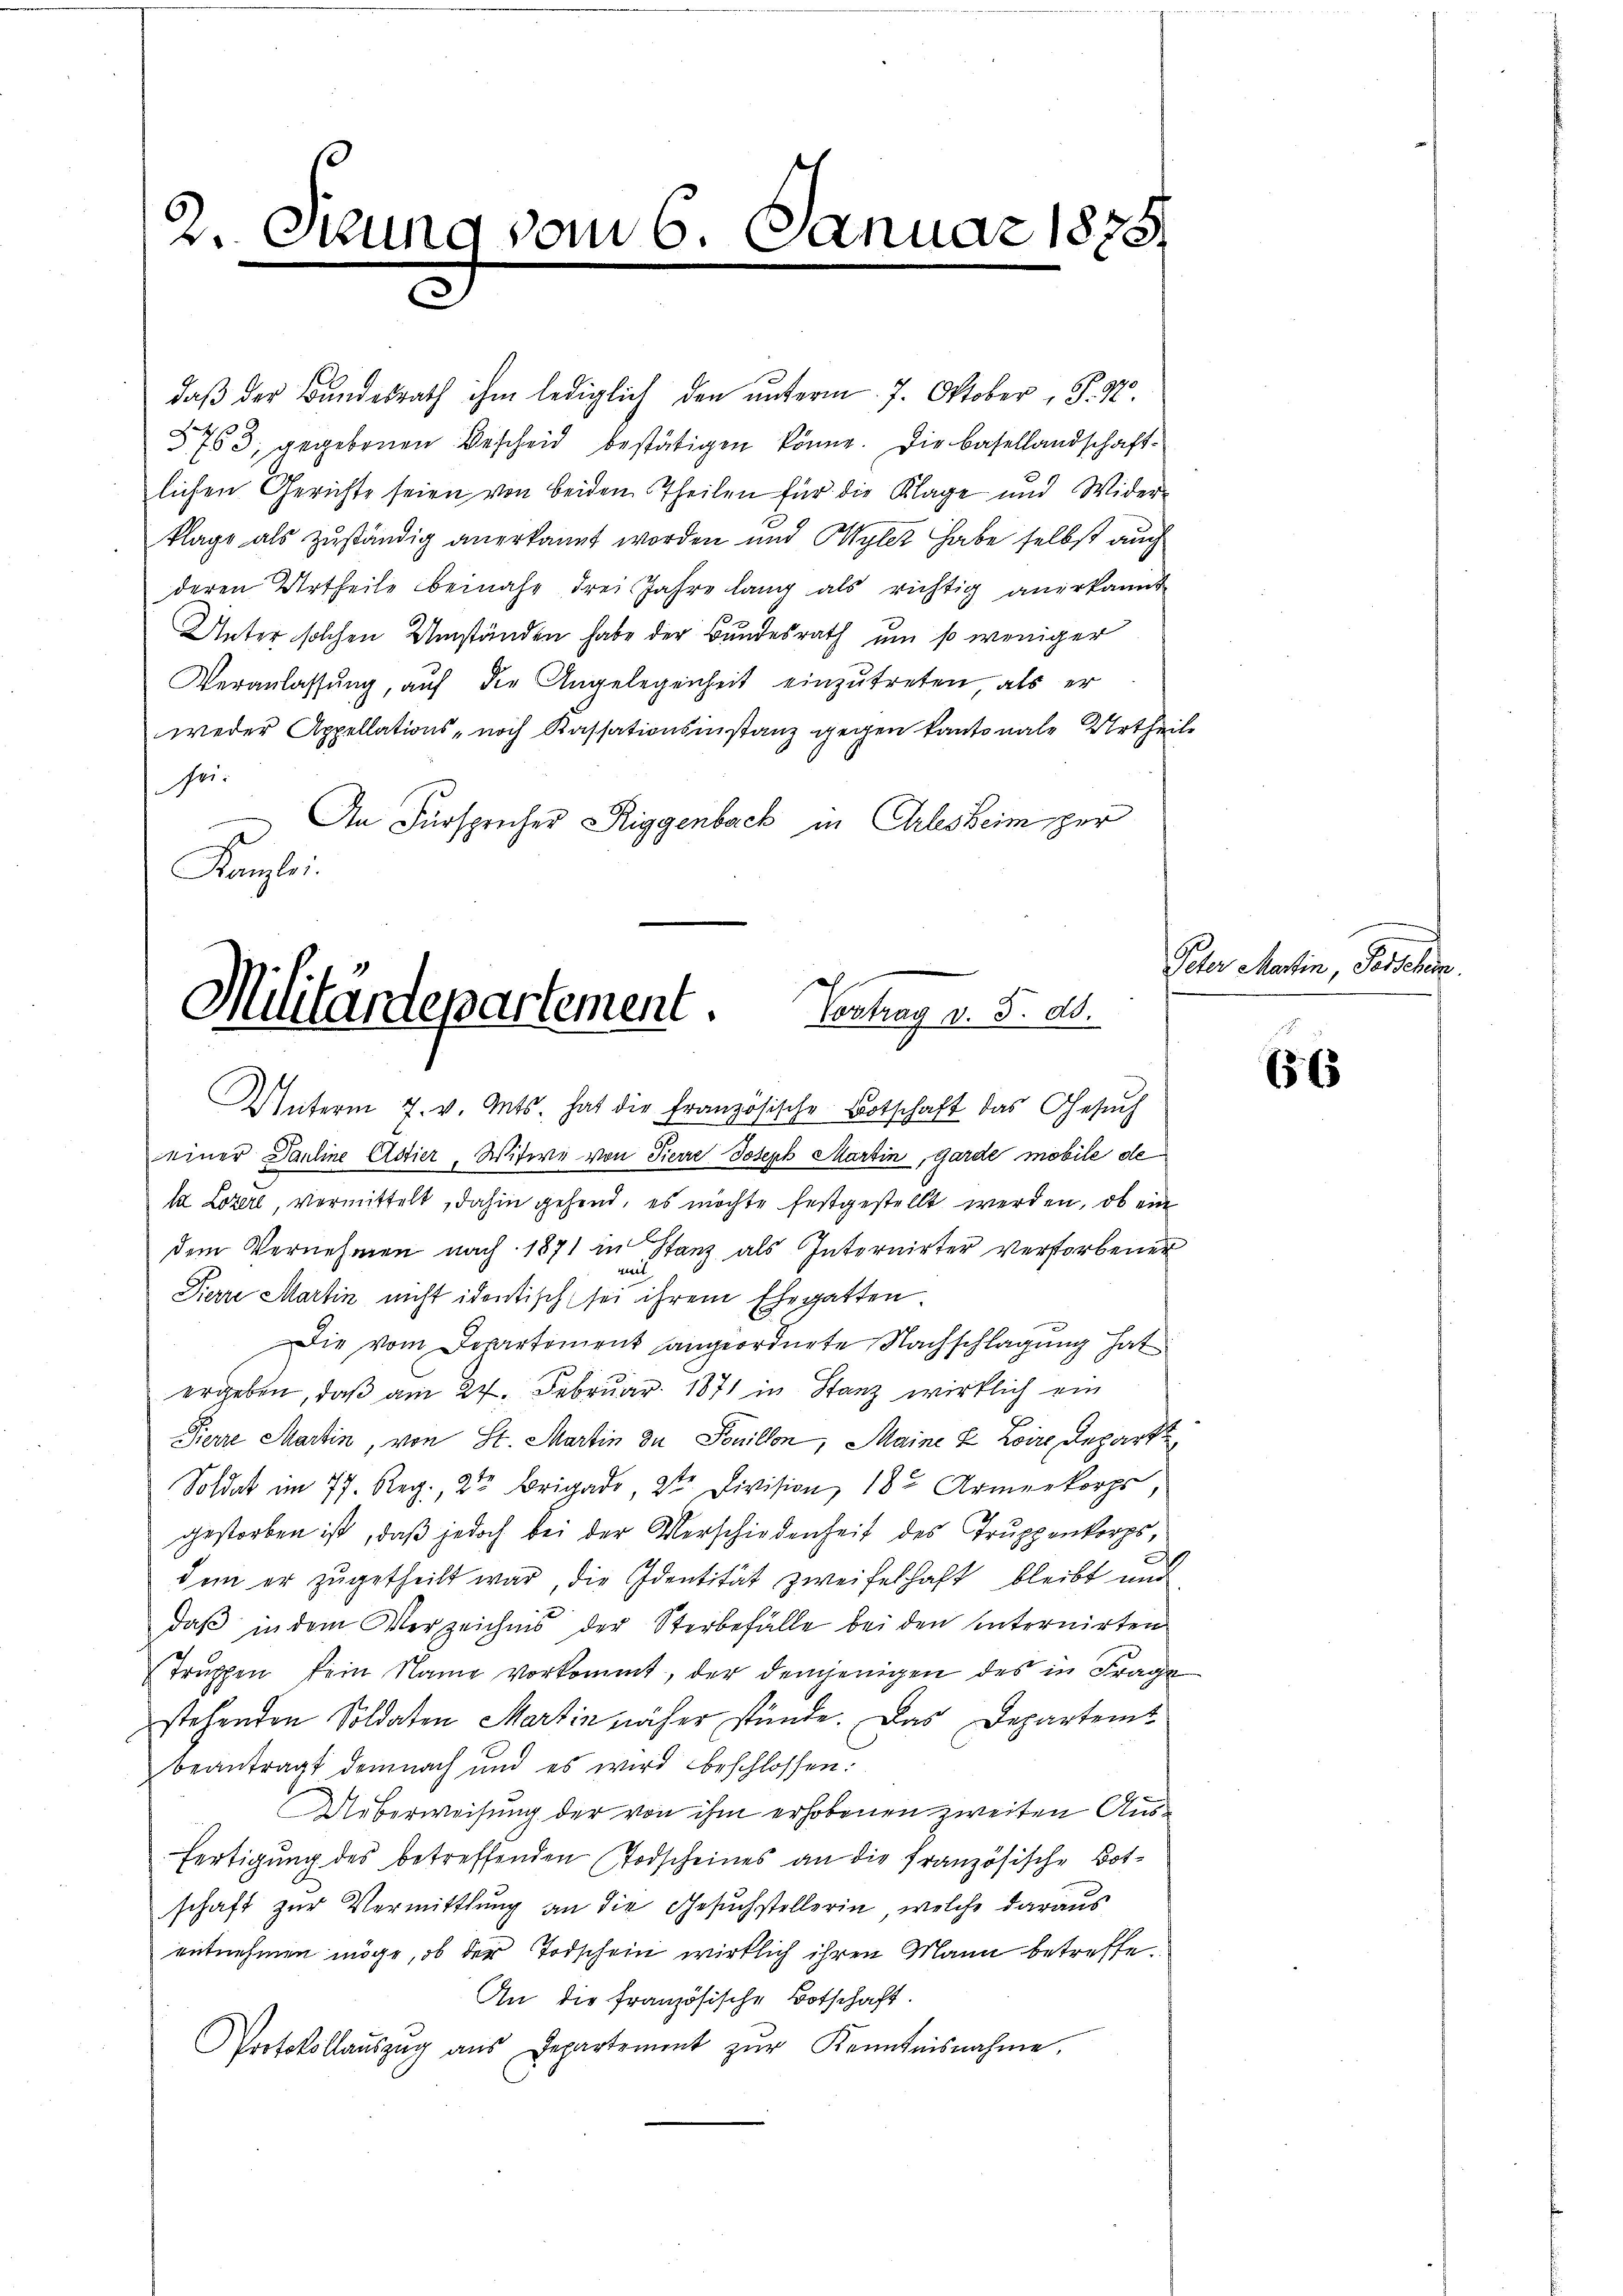
2. Stung vom 6. Januar 1875.
.

daβ der Bundesrath ihm lediglich den unterm 7. Oktober , P. Nr.
5763, gegebenen Bescheid bestätigen könne. Die Basellandschaftlichen Gerichte seien von beiden Theilen für die Klage und Wider-
klage als zuständig anerkannt worden und Wyler habe selbst auch
deren Urtheile beinahe drei Jahre lang als richtig anerkannt
Unter solchen Umständen habe der Bundesrath um so weniger
Veranlassŭng, auf die Angelegenheit einzŭtreten, als er
weder Appellations- noch Kassationsinstanz gegen kantonale Urtheile
sei.
 An Fürspricher Riggenbach in Erlesheim per
Kanzlei.

Militardepartement. Vertrag v. 5. d.

Unterm 7. v. Ants. hat die französische Botschaft das Gesŭch
einer Pauline Astier, Witwe von Tierre Joseph Martin, Garde mobile de
la Lozerl, vermittelt, dahin gehend, es möchte festgestellt werden, ob ein
dem Vernehmen nach 1871 in Stanz als Internirter verstorbener
i
Pierre Martin nicht identisch sei ihrem Ehegatten
Die vom Departement angeordnete Nachschlagung hat
ergeben, daß am 27. Februar 1871 in Stanz wirklich ein
Pierre Martin, von St. Martin zu Ponillon, Maine 2 Loire Depart
Soldat im 77. Reg. 2te Brigade, 2ten Division, 182 Armenkorps,
gestorben ist, daß jedoch bei der Verschiedenheit des Truppenkorps,
dem er zugetheilt war, die Identität zweifelhaft bleibt und
daß in dem Verzeichnis der Sterbefälle bei den hinternirten
Truppen kein Name vorkommt, der demjenigen des in Frage
stehenden Soldaten Martin näher stünde. Das Departemt
beantragt demnach und es wird beschlossen:
Ueberweisung der von ihm erhobenen zweiten Aus¬
Fertigung des betreffenden Todscheines an die französische Botschaft zur Vermittlung an die Gesuchstellerin, welche daraus
entnehmen möge, ob der Todschein wirklich ihren Mann betreffe
An die französische Botschaft.
Protokollaŭszŭg aŭs Departement zŭr Kenntnisnahme,

Peter Martin, Gestehen

656